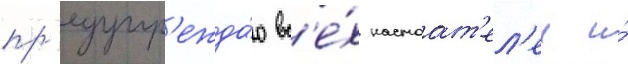
пр'едупр'ежда́ю вс'е́х настоат'ел'еи и́